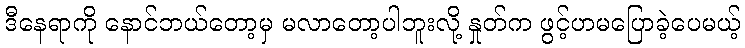
ဒီနေရာကို နောင်ဘယ်တော့မှ မလာတော့ပါဘူးလို့ နှုတ်က ဖွင့်ဟမပြောခဲ့ပေမယ့်